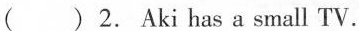
( ) 2. Aki has a small TV.